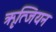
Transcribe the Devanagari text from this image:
ॠत्जियन